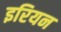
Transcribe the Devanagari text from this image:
इरियन